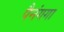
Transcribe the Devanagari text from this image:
पैनंगगा